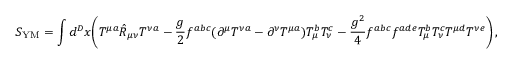
S _ { \mathrm { Y M } } = \int d ^ { D } x \bigg ( T ^ { \mu a } \hat { R } _ { \mu \nu } T ^ { \nu a } - \frac { g } { 2 } f ^ { a b c } ( \partial ^ { \mu } T ^ { \nu a } - \partial ^ { \nu } T ^ { \mu a } ) T _ { \mu } ^ { b } T _ { \nu } ^ { c } - \frac { g ^ { 2 } } { 4 } f ^ { a b c } f ^ { a d e } T _ { \mu } ^ { b } T _ { \nu } ^ { c } T ^ { \mu d } T ^ { \nu e } \bigg ) \, ,